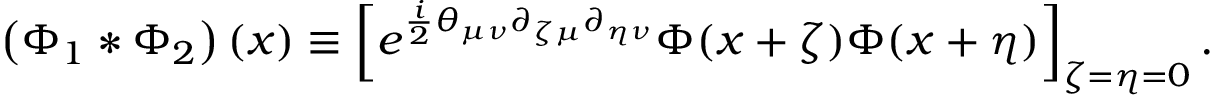
\left( \Phi _ { 1 } * \Phi _ { 2 } \right) ( x ) \equiv \left[ e ^ { \frac { i } { 2 } \theta _ { \mu \nu } \partial _ { \zeta \mu } \partial _ { \eta \nu } } \Phi ( x + \zeta ) \Phi ( x + \eta ) \right] _ { \zeta = \eta = 0 } .